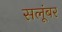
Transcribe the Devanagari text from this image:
सलूंबर